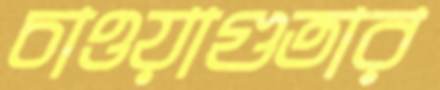
চাওয়াগুতার